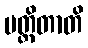
ပတ္ထိတာတိ